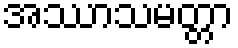
အဿာသမတ္တာ